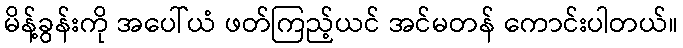
မိန့်ခွန်းကို အပေါ်ယံ ဖတ်ကြည့်ယင် အင်မတန် ကောင်းပါတယ်။